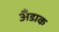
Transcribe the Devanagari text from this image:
अँडाक